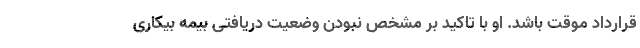
قرارداد موقت باشد. او با تاکید بر مشخص نبودن وضعیت دریافتی بیمه بیکاری